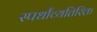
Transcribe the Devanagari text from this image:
स्पर्धांव्यतिरिक्त